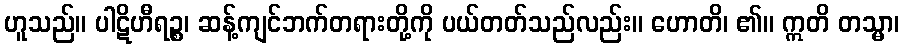
ဟူသည်။ ပါဋိဟီရဉ္စ၊ ဆန့်ကျင်ဘက်တရားတို့ကို ပယ်တတ်သည်လည်း။ ဟောတိ၊ ၏။ ဣတိ တသ္မာ၊